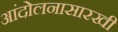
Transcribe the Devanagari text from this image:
आंदोलनासारखी